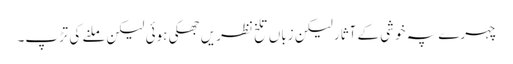
چہرے پہ خوشی کے آثار لیکن زباں تلخ نظریں جھکی ہوئی لیکن ملنے کی تڑپ۔